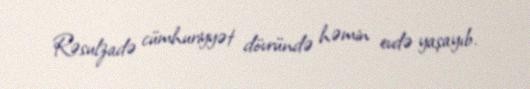
Rəsulzadə cümhuriyyət dövründə həmin evdə yaşayıb.